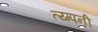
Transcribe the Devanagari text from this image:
त्य्म्पनी